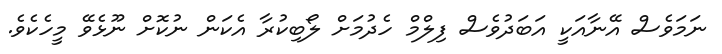
ނަމަވެސް އޭނާއަކީ އަބަދުވެސް ފިލްމް ހެދުމަށް ލޯބިކުރާ އެކަން ނުކޮށް ނޫޅެވޭ މީހެކެވެ.